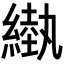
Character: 𦄌